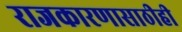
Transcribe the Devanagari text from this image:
राजकारणासाठीही